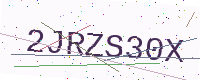
Text: 2JRZS30X